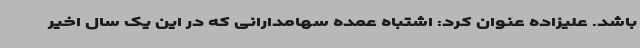
باشد. علیزاده عنوان کرد: اشتباه عمده سهامدارانی که در این یک سال اخیر